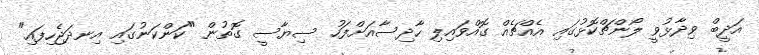
އަދީބް ވިދާޅުވީ ލޯންޗްކޮޅުގައި އެއްޗެއް ގޮއްވައިލި ހާދިސާއަށްފަހު ސިޔާސީ ގޮތުން "ކަންކަނުގައި އިނދަޖެހިފައި"